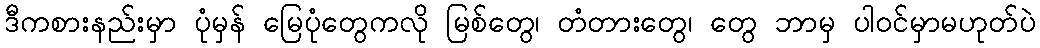
ဒီကစားနည်းမှာ ပုံမှန် မြေပုံတွေကလို မြစ်တွေ၊ တံတားတွေ၊ တွေ ဘာမှ ပါဝင်မှာမဟုတ်ပဲ